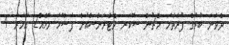
ދެވަނަ ބުރުގެ ފުރަތަމަ މެޗުން ސޮކަރ ވެޓެރަންސްއަށް ފަސޭހަ މޮޅެއް2 އަހަރު 4